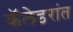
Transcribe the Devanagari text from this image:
कॅलेडरांत